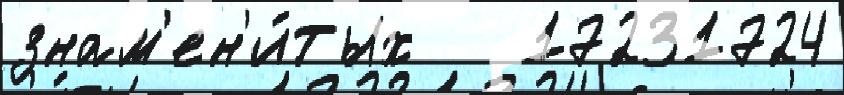
знам'ен'и́тых   17231724